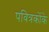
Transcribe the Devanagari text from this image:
पवित्रकोंके